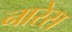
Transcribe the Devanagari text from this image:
नारेस